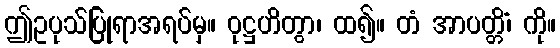
ဤဥပုသ်ပြုရာအရပ်မှ။ ဝုဋ္ဌဟိတွာ၊ ထ၍။ တံ အာပတ္တိံ၊ ကို။